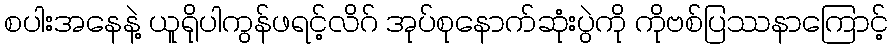
စပါးအနေနဲ့ ယူရိုပါကွန်ဖရင့်လိဂ် အုပ်စုနောက်ဆုံးပွဲကို ကိုဗစ်ပြဿနာကြောင့်